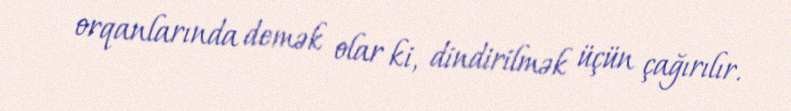
orqanlarında demək olar ki, dindirilmək üçün çağırılır.